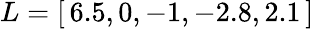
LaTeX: L=[\, 6.5,0,-1,-2.8,2.1\, ]